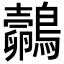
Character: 𪇄